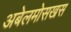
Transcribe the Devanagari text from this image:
अबेलमोसखस